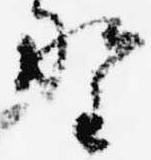
野